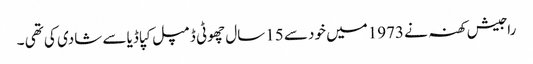
راجیش کھنہ نے 1973میں خود سے 15سال چھوٹی ڈمپل کپاڈیا سے شادی کی تھی ۔